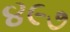
૪૯૭